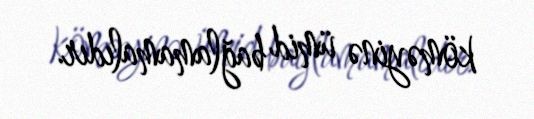
köməyinə ümid bağlamamalıdır.